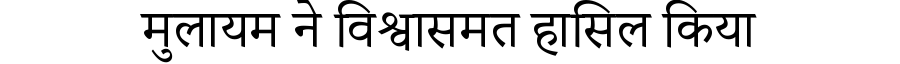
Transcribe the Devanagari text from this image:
मुलायम ने विश्वासमत हासिल किया